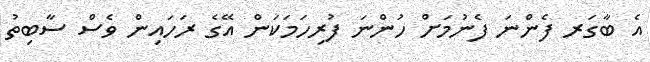
އެ ބާގަރ ފެންނަ ފެނުމަށް ހުންނަ ފުރިހަމަކަން އޭގެ ރަހައިން ވެސް ސާބިތު